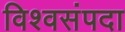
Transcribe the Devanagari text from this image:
विश्वसंपदा